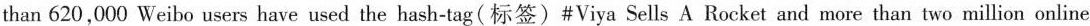
than 620,000 Weibo users have used the hash-tag(标签)#Viya Sells A Rocket and more than two million online